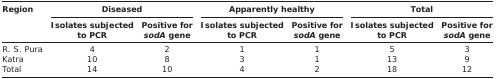
<table><thead><tr><td rowspan="3"><b>Region</b></td><td colspan="2"><b>Diseased</b></td><td colspan="2"><b>Apparently healthy</b></td><td colspan="2"><b>Total</b></td></tr><tr><td><b>Isolates subjected to PCR</b></td><td><b>Positive for <i>sodA</i> gene</b></td><td><b>Isolates subjected to PCR</b></td><td><b>Positive for <i>sodA</i> gene</b></td><td><b>Isolates subjected to PCR</b></td><td><b>Positive for <i>sodA</i> gene</b></td></tr></thead><tbody><tr><td>R. S. Pura</td><td>4</td><td>2</td><td>1</td><td>1</td><td>5</td><td>3</td></tr><tr><td>Katra</td><td>10</td><td>8</td><td>3</td><td>1</td><td>13</td><td>9</td></tr><tr><td>Total</td><td>14</td><td>10</td><td>4</td><td>2</td><td>18</td><td>12</td></tr></tbody></table>